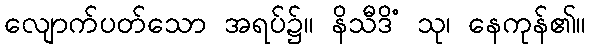
လျောက်ပတ်သော အရပ်၌။ နိသီဒိံ သု၊ နေကုန်၏။